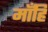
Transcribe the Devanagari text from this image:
माँहि